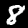
Label: 8